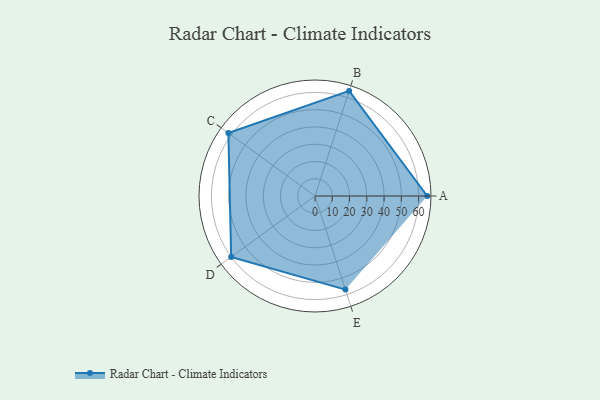
{"axis": {"x": "Skill", "y": "Score"}, "legend": ["Profile"], "data": [{"x": "A", "y": 65.0, "type": "Profile"}, {"x": "B", "y": 64.0, "type": "Profile"}, {"x": "C", "y": 62.0, "type": "Profile"}, {"x": "D", "y": 60.0, "type": "Profile"}, {"x": "E", "y": 57.0, "type": "Profile"}]}